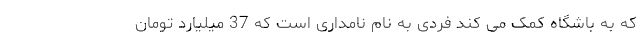
که به باشگاه کمک می کند فردی به نام نامداری است که 37 میلیارد تومان